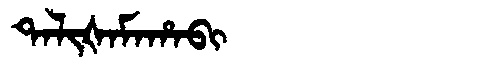
Manchu: ᡨᠠᠯᡳᡧᠠᠮᠠᡥᠠᠪᡳ
Romanization: TALIŠAMAHABI